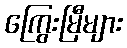
ကြွေးမြီများ